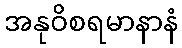
အနုဝိစရမာနာနံ